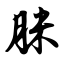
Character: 脒